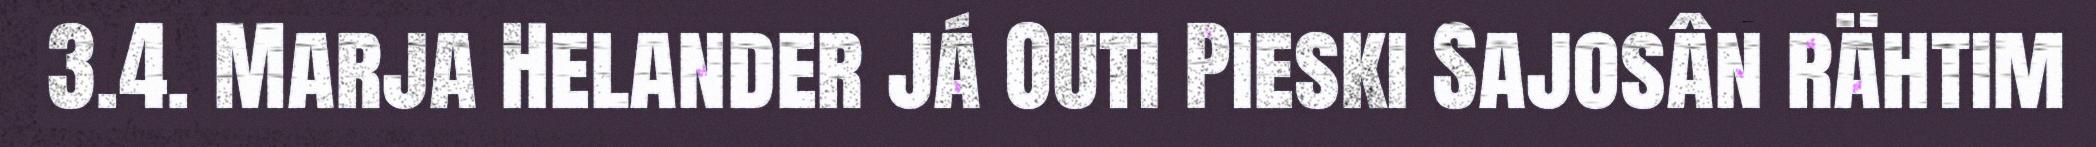
3.4. Marja Helander já Outi Pieski Sajosân rähtim